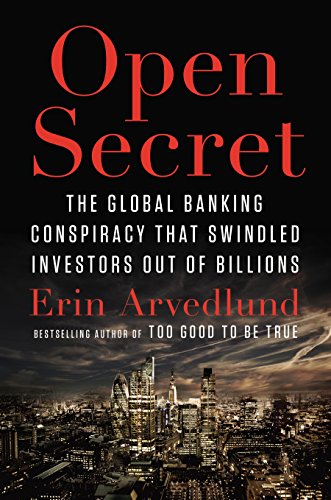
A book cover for Open Secret: The Global Banking Conspiracy That Swindled Investors Out of Billions; Erin Arvedlund; Business & Money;